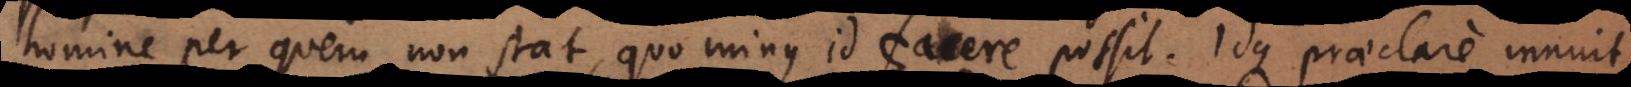
homine per quem non stat, quo minus id facere possit. Idque praeclare innuit